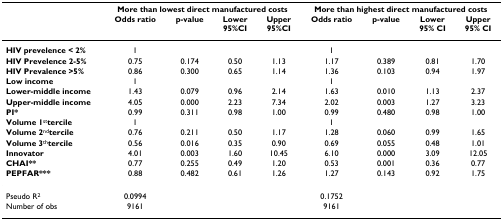
<table><thead><tr><td></td><td colspan="4"><b>More than lowest direct manufactured costs</b></td><td colspan="4"><b>More than highest direct manufactured costs</b></td></tr><tr><td></td><td><b>Odds ratio</b></td><td><b>p-value</b></td><td><b>Lower95%CI</b></td><td><b>Upper95%CI</b></td><td><b>Odds ratio</b></td><td><b>p-value</b></td><td><b>Lower95% CI</b></td><td><b>Upper95% CI</b></td></tr></thead><tbody><tr><td><b>HIV prevelence &lt; 2%</b></td><td>1</td><td></td><td></td><td></td><td>1</td><td></td><td></td><td></td></tr><tr><td><b>HIV Prevelence 2-5%</b></td><td>0.75</td><td>0.174</td><td>0.50</td><td>1.13</td><td>1.17</td><td>0.389</td><td>0.81</td><td>1.70</td></tr><tr><td><b>HIV Prevalence &gt;5%</b></td><td>0.86</td><td>0.300</td><td>0.65</td><td>1.14</td><td>1.36</td><td>0.103</td><td>0.94</td><td>1.97</td></tr><tr><td><b>Low income</b></td><td>1</td><td></td><td></td><td></td><td>1</td><td></td><td></td><td></td></tr><tr><td><b>Lower-middle income</b></td><td>1.43</td><td>0.079</td><td>0.96</td><td>2.14</td><td>1.63</td><td>0.010</td><td>1.13</td><td>2.37</td></tr><tr><td><b>Upper-middle income</b></td><td>4.05</td><td>0.000</td><td>2.23</td><td>7.34</td><td>2.02</td><td>0.003</td><td>1.27</td><td>3.23</td></tr><tr><td><b>PI*</b></td><td>0.99</td><td>0.311</td><td>0.98</td><td>1.00</td><td>0.99</td><td>0.480</td><td>0.98</td><td>1.00</td></tr><tr><td><b>Volume 1</b><sup>st</sup><b>tercile</b></td><td>1</td><td></td><td></td><td></td><td>1</td><td></td><td></td><td></td></tr><tr><td><b>Volume 2</b><sup>nd</sup><b>tercile</b></td><td>0.76</td><td>0.211</td><td>0.50</td><td>1.17</td><td>1.28</td><td>0.060</td><td>0.99</td><td>1.65</td></tr><tr><td><b>Volume 3</b><sup>th</sup><b>tercile</b></td><td>0.56</td><td>0.016</td><td>0.35</td><td>0.90</td><td>0.69</td><td>0.055</td><td>0.48</td><td>1.01</td></tr><tr><td><b>Innovator</b></td><td>4.01</td><td>0.003</td><td>1.60</td><td>10.45</td><td>6.10</td><td>0.000</td><td>3.09</td><td>12.05</td></tr><tr><td><b>CHAI**</b></td><td>0.77</td><td>0.255</td><td>0.49</td><td>1.20</td><td>0.53</td><td>0.001</td><td>0.36</td><td>0.77</td></tr><tr><td><b>PEPFAR***</b></td><td>0.88</td><td>0.482</td><td>0.61</td><td>1.26</td><td>1.27</td><td>0.143</td><td>0.92</td><td>1.75</td></tr><tr><td>Pseudo R<sup>2</sup></td><td>0.0994</td><td></td><td></td><td></td><td>0.1752</td><td></td><td></td><td></td></tr><tr><td>Number of obs</td><td>9161</td><td></td><td></td><td></td><td>9161</td><td></td><td></td><td></td></tr></tbody></table>